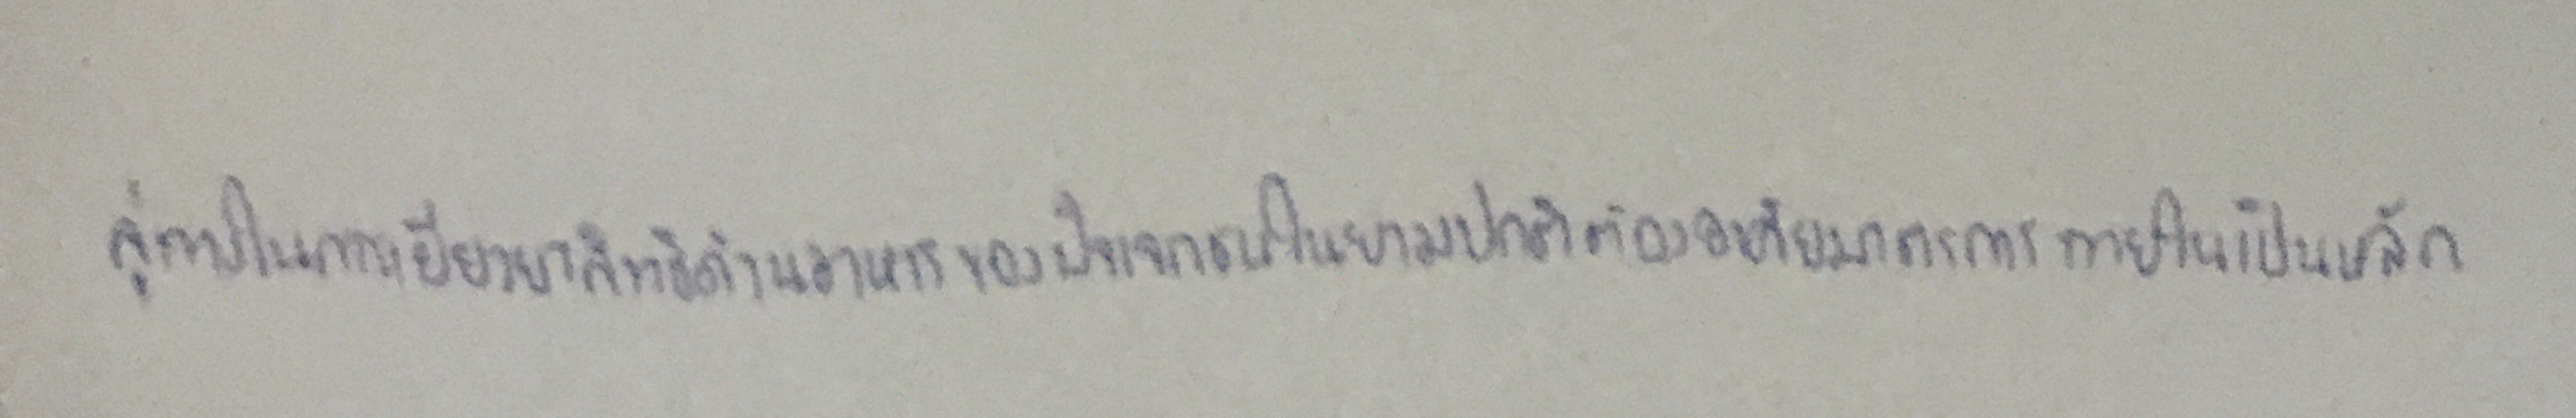
ลู่ทางในการเยียวยาสิทธิด้านอาหารของปัจเจกชนในยามปกติต้องอาศัยมาตรการภายในเป็นหลัก